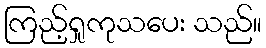
ကြည့်ရှုကုသပေး သည်။